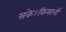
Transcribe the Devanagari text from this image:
सके।किसानों